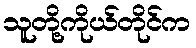
သူတို့ကိုယ်တိုင်က